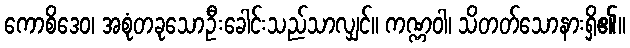
ကောစိဒေဝ၊ အစုံတခုသောဦးခေါင်းသည်သာလျှင်။ ကဏ္ဏဝါ၊ သိတတ်သောနားရှိ၏။